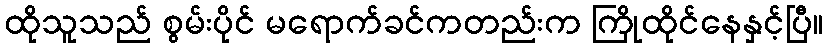
ထိုသူသည် စွမ်းပိုင် မရောက်ခင်ကတည်းက ကြိုထိုင်နေနှင့်ပြီ။